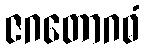
ဇဂတောဂဓံ